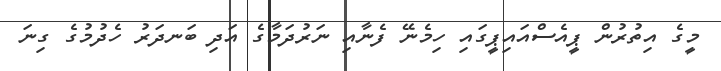
މީގެ އިތުރުން ޕީއެސްއައިޕީގައި ހިމެނޭ ފެނާއި ނަރުދަމާގެ އަދި ބަނދަރު ހެދުމުގެ ގިނަ